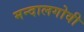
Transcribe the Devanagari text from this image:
मन्दालगोवी